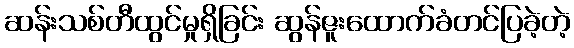
ဆန်းသစ်တီထွင်မှုရှိခြင်း ဆွန်ဇူးထောက်ခံတင်ပြခဲ့တဲ့